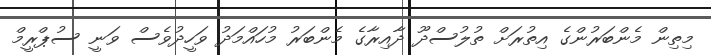
މިތިން މެންބަރުންގެ އިތުރަށް ތުލުސްދޫ ދާއިރާގެ މެންބަރު މުހައްމަދު ވަހީދުވެސް ވަނީ ސުޕްރީމް